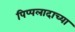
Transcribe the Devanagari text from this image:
पिप्पलादाच्या